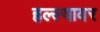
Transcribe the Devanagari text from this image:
हल्ल्यावर